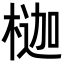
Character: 𪳇